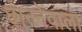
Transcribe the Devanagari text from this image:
छाननेवाला